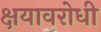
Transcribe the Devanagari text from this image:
क्षयावरोधी